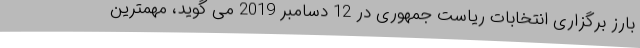
بارز برگزاری انتخابات ریاست جمهوری در 12 دسامبر 2019 می گوید، مهمترین